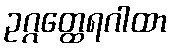
ဥဂ္ဂတ္ထေရဂါထာ